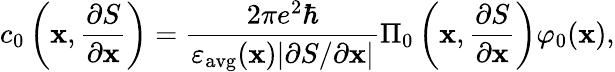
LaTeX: c_{0}\left(\mathbf{x},\frac{\partial S}{\partial\mathbf{x}}\right)=\frac{2\pi e^{2}\hbar}{\varepsilon_{\mathrm{avg}}(\mathbf{x})|\partial S/\partial\mathbf{x}|}\Pi_{0}\left(\mathbf{x},\frac{\partial S}{\partial\mathbf{x}}\right)\varphi_{0}(\mathbf{x}),